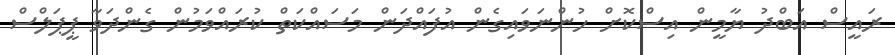
ރައީސް އަބްދު ޔާމީން އިސްކޮށް ހުންނަވައިގެން އުފައްދަން މަސައްކަތް ކުރައްވަމުން ގެންދަވާ ޕީޕަލްސް